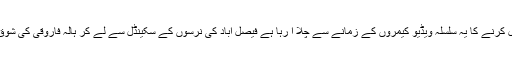
خفیہ ویڈیوز بنا کر بلیک میل کرنے کا یہ سلسلہ ویڈیو کیمروں کے زمانے سے چلا آ رہا ہے فیصل آباد کی نرسوں کے سکینڈل سے لے کر ہالہ فاروقی کی شوق میں بنائی گئی ویڈیوز تک۔